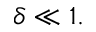
\delta \ll 1 .